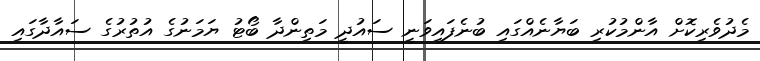
މެދުވެރިކޮށް އާންމުކުރި ބަޔާނެއްގައި ބުނެފައިވަނީ ސައުދީ މަތިންދާ ބޯޓު ޔަމަނުގެ އުތުރުގެ ސައާދާގައި